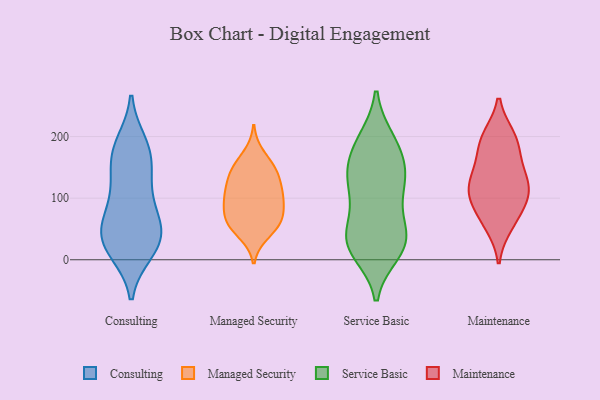
{"axis": {"x": "Operating Costs (USD K)", "y": "Value"}, "legend": ["Consulting", "Maintenance", "Managed Security", "Service Basic"], "data": [{"x": "", "y": 138, "type": "Consulting"}, {"x": "", "y": 188, "type": "Consulting"}, {"x": "", "y": 33, "type": "Consulting"}, {"x": "", "y": 52, "type": "Consulting"}, {"x": "", "y": 166, "type": "Consulting"}, {"x": "", "y": 164, "type": "Consulting"}, {"x": "", "y": 107, "type": "Consulting"}, {"x": "", "y": 101, "type": "Consulting"}, {"x": "", "y": 43, "type": "Consulting"}, {"x": "", "y": 15, "type": "Consulting"}, {"x": "", "y": 52, "type": "Consulting"}, {"x": "", "y": 183, "type": "Consulting"}, {"x": "", "y": 27, "type": "Consulting"}, {"x": "", "y": 66, "type": "Consulting"}, {"x": "", "y": 14, "type": "Consulting"}, {"x": "", "y": 105, "type": "Managed Security"}, {"x": "", "y": 50, "type": "Managed Security"}, {"x": "", "y": 105, "type": "Managed Security"}, {"x": "", "y": 63, "type": "Managed Security"}, {"x": "", "y": 110, "type": "Managed Security"}, {"x": "", "y": 104, "type": "Managed Security"}, {"x": "", "y": 42, "type": "Managed Security"}, {"x": "", "y": 63, "type": "Managed Security"}, {"x": "", "y": 64, "type": "Managed Security"}, {"x": "", "y": 137, "type": "Managed Security"}, {"x": "", "y": 76, "type": "Managed Security"}, {"x": "", "y": 149, "type": "Managed Security"}, {"x": "", "y": 89, "type": "Managed Security"}, {"x": "", "y": 144, "type": "Managed Security"}, {"x": "", "y": 140, "type": "Managed Security"}, {"x": "", "y": 171, "type": "Managed Security"}, {"x": "", "y": 36, "type": "Service Basic"}, {"x": "", "y": 16, "type": "Service Basic"}, {"x": "", "y": 195, "type": "Service Basic"}, {"x": "", "y": 147, "type": "Service Basic"}, {"x": "", "y": 34, "type": "Service Basic"}, {"x": "", "y": 158, "type": "Service Basic"}, {"x": "", "y": 20, "type": "Service Basic"}, {"x": "", "y": 12, "type": "Service Basic"}, {"x": "", "y": 137, "type": "Service Basic"}, {"x": "", "y": 194, "type": "Service Basic"}, {"x": "", "y": 41, "type": "Service Basic"}, {"x": "", "y": 113, "type": "Service Basic"}, {"x": "", "y": 104, "type": "Service Basic"}, {"x": "", "y": 146, "type": "Service Basic"}, {"x": "", "y": 34, "type": "Service Basic"}, {"x": "", "y": 114, "type": "Service Basic"}, {"x": "", "y": 65, "type": "Service Basic"}, {"x": "", "y": 186, "type": "Service Basic"}, {"x": "", "y": 57, "type": "Maintenance"}, {"x": "", "y": 199, "type": "Maintenance"}, {"x": "", "y": 197, "type": "Maintenance"}, {"x": "", "y": 113, "type": "Maintenance"}, {"x": "", "y": 131, "type": "Maintenance"}, {"x": "", "y": 159, "type": "Maintenance"}, {"x": "", "y": 113, "type": "Maintenance"}, {"x": "", "y": 188, "type": "Maintenance"}, {"x": "", "y": 92, "type": "Maintenance"}, {"x": "", "y": 65, "type": "Maintenance"}, {"x": "", "y": 101, "type": "Maintenance"}, {"x": "", "y": 134, "type": "Maintenance"}]}